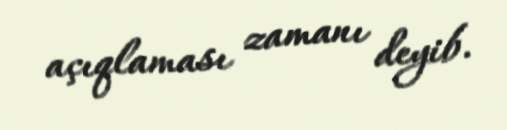
açıqlaması zamanı deyib.